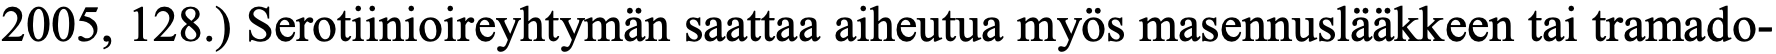
2005, 128.) Serotiinioireyhtymän saattaa aiheutua myös masennuslääkkeen tai tramado-